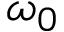
\omega _ { 0 }